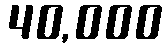
40,000